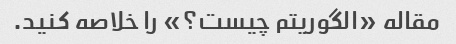
مقاله «الگوریتم چیست؟» را خلاصه کنید.